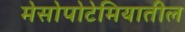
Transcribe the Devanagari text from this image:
मेसोपोटेमियातील